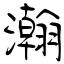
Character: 瀚